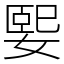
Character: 媐